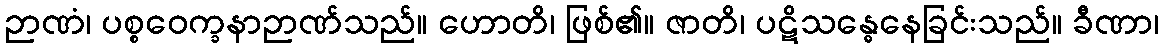
ဉာဏံ၊ ပစ္စဝေက္ခနာဉာဏ်သည်။ ဟောတိ၊ ဖြစ်၏။ ဇာတိ၊ ပဋိသန္ဓေနေခြင်းသည်။ ခီဏာ၊